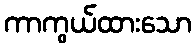
ကာကွယ်ထားသော